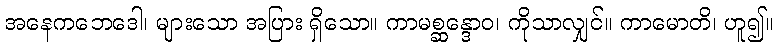
အနေကဘေဒေါ၊ များသော အပြား ရှိသော။ ကာမစ္ဆန္ဒောဝ၊ ကိုသာလျှင်။ ကာမောတိ၊ ဟူ၍။